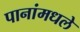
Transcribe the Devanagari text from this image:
पानांमधले